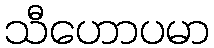
သီဟောပမာ